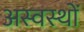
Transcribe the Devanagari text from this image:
अस्वस्थों